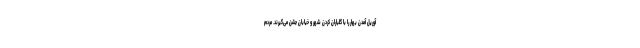
آوریل آمدن بهار را با گلباران کردن شهر و خیابان جشن می‌گیرند. مردم